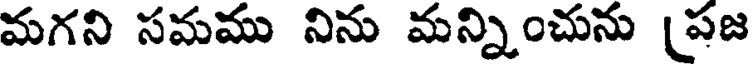
మగని సమము నిను మన్నించును [పజ